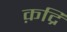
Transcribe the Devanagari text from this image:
क़द्रि